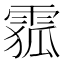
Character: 𲉽